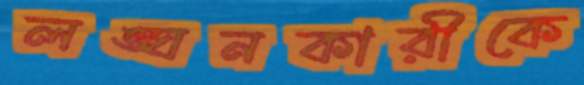
লঙ্ঘনকারীকে